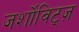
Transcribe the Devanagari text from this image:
जर्शोविट्ज़